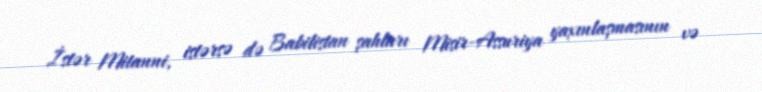
İstər Mitanni, istərsə də Babilistan şahları Misir-Assuriya yaxınlaşmasının və